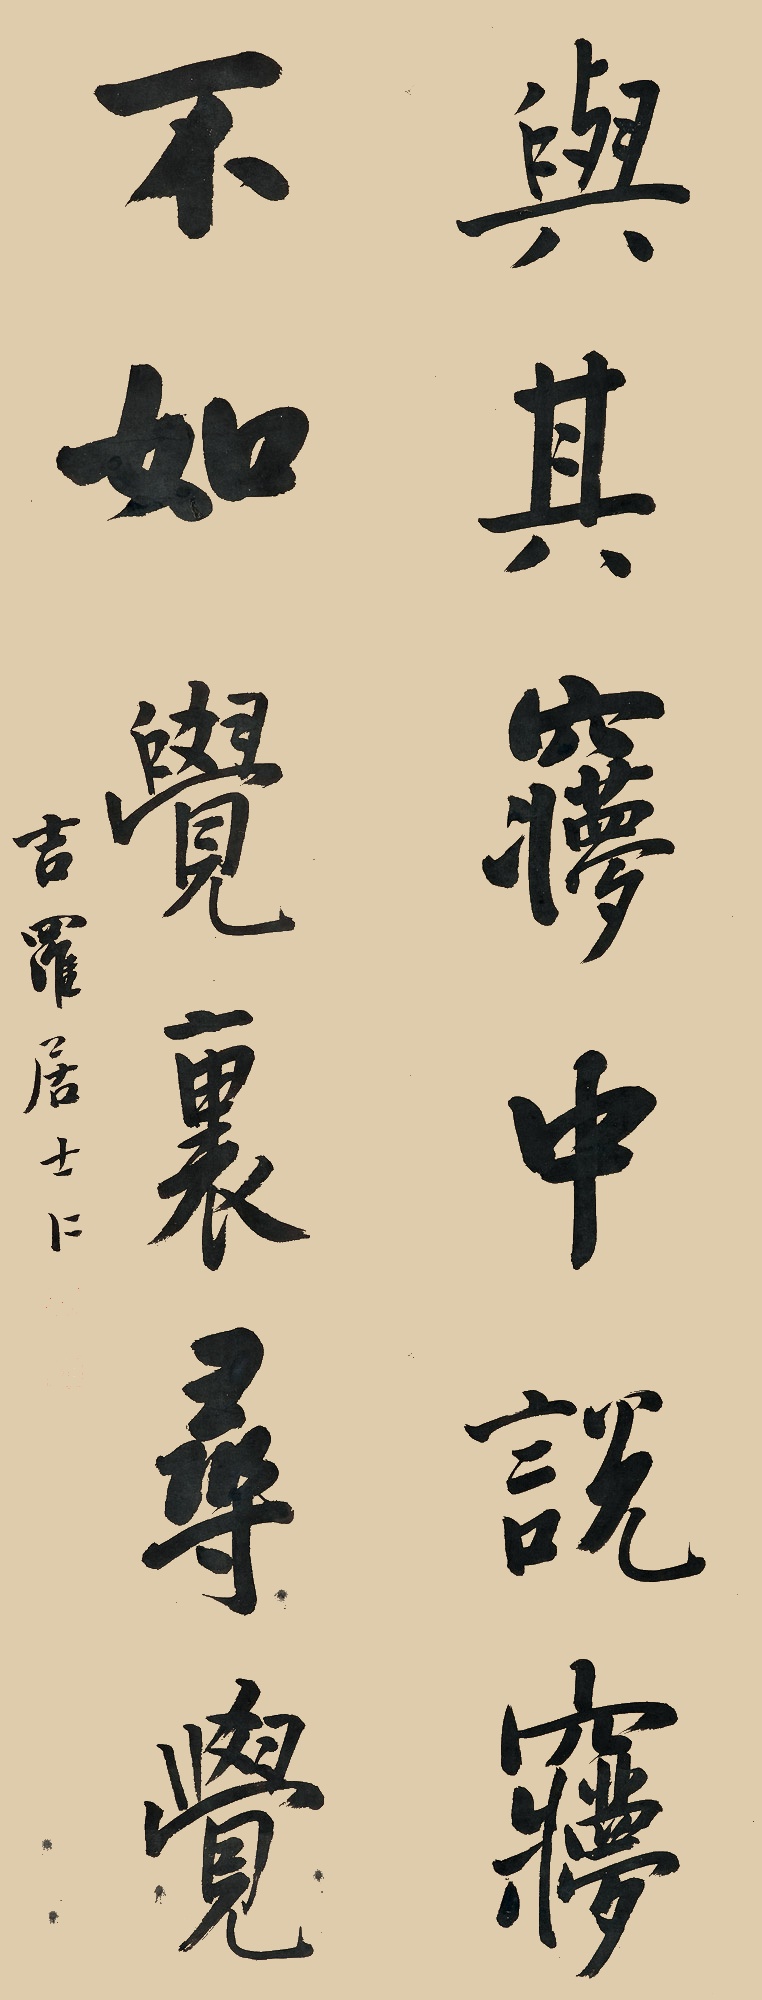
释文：与其梦中说梦，不如觉里寻觉。吉罗居士仁。